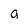
Character: g